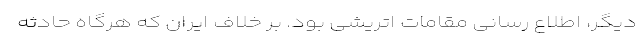
دیگر، اطلاع رسانی مقامات اتریشی بود. بر خلاف ایران که هرگاه حادثه